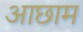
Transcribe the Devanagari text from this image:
आछाम